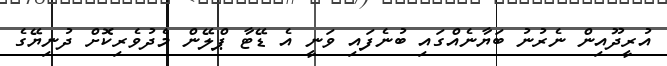
އުރީދޫއިން ނެރުނު ބަޔާނެއްގައި ބުނެފައި ވަނީ އެ ޑޭޓާ ޕްލޭން މެދުވެރިކޮށް ދުނިޔޭގެ